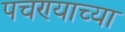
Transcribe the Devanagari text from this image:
पचण्याच्या